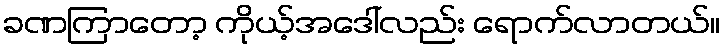
ခဏကြာတော့ ကိုယ့်အဒေါ်လည်း ရောက်လာတယ်။